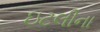
ઇટલીના